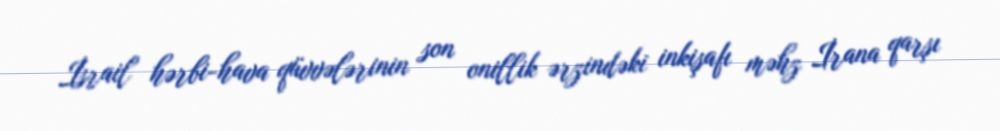
İsrail hərbi-hava qüvvələrinin son onillik ərzindəki inkişafı məhz İrana qarşı